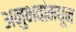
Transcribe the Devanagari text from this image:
अनुभवांमधून